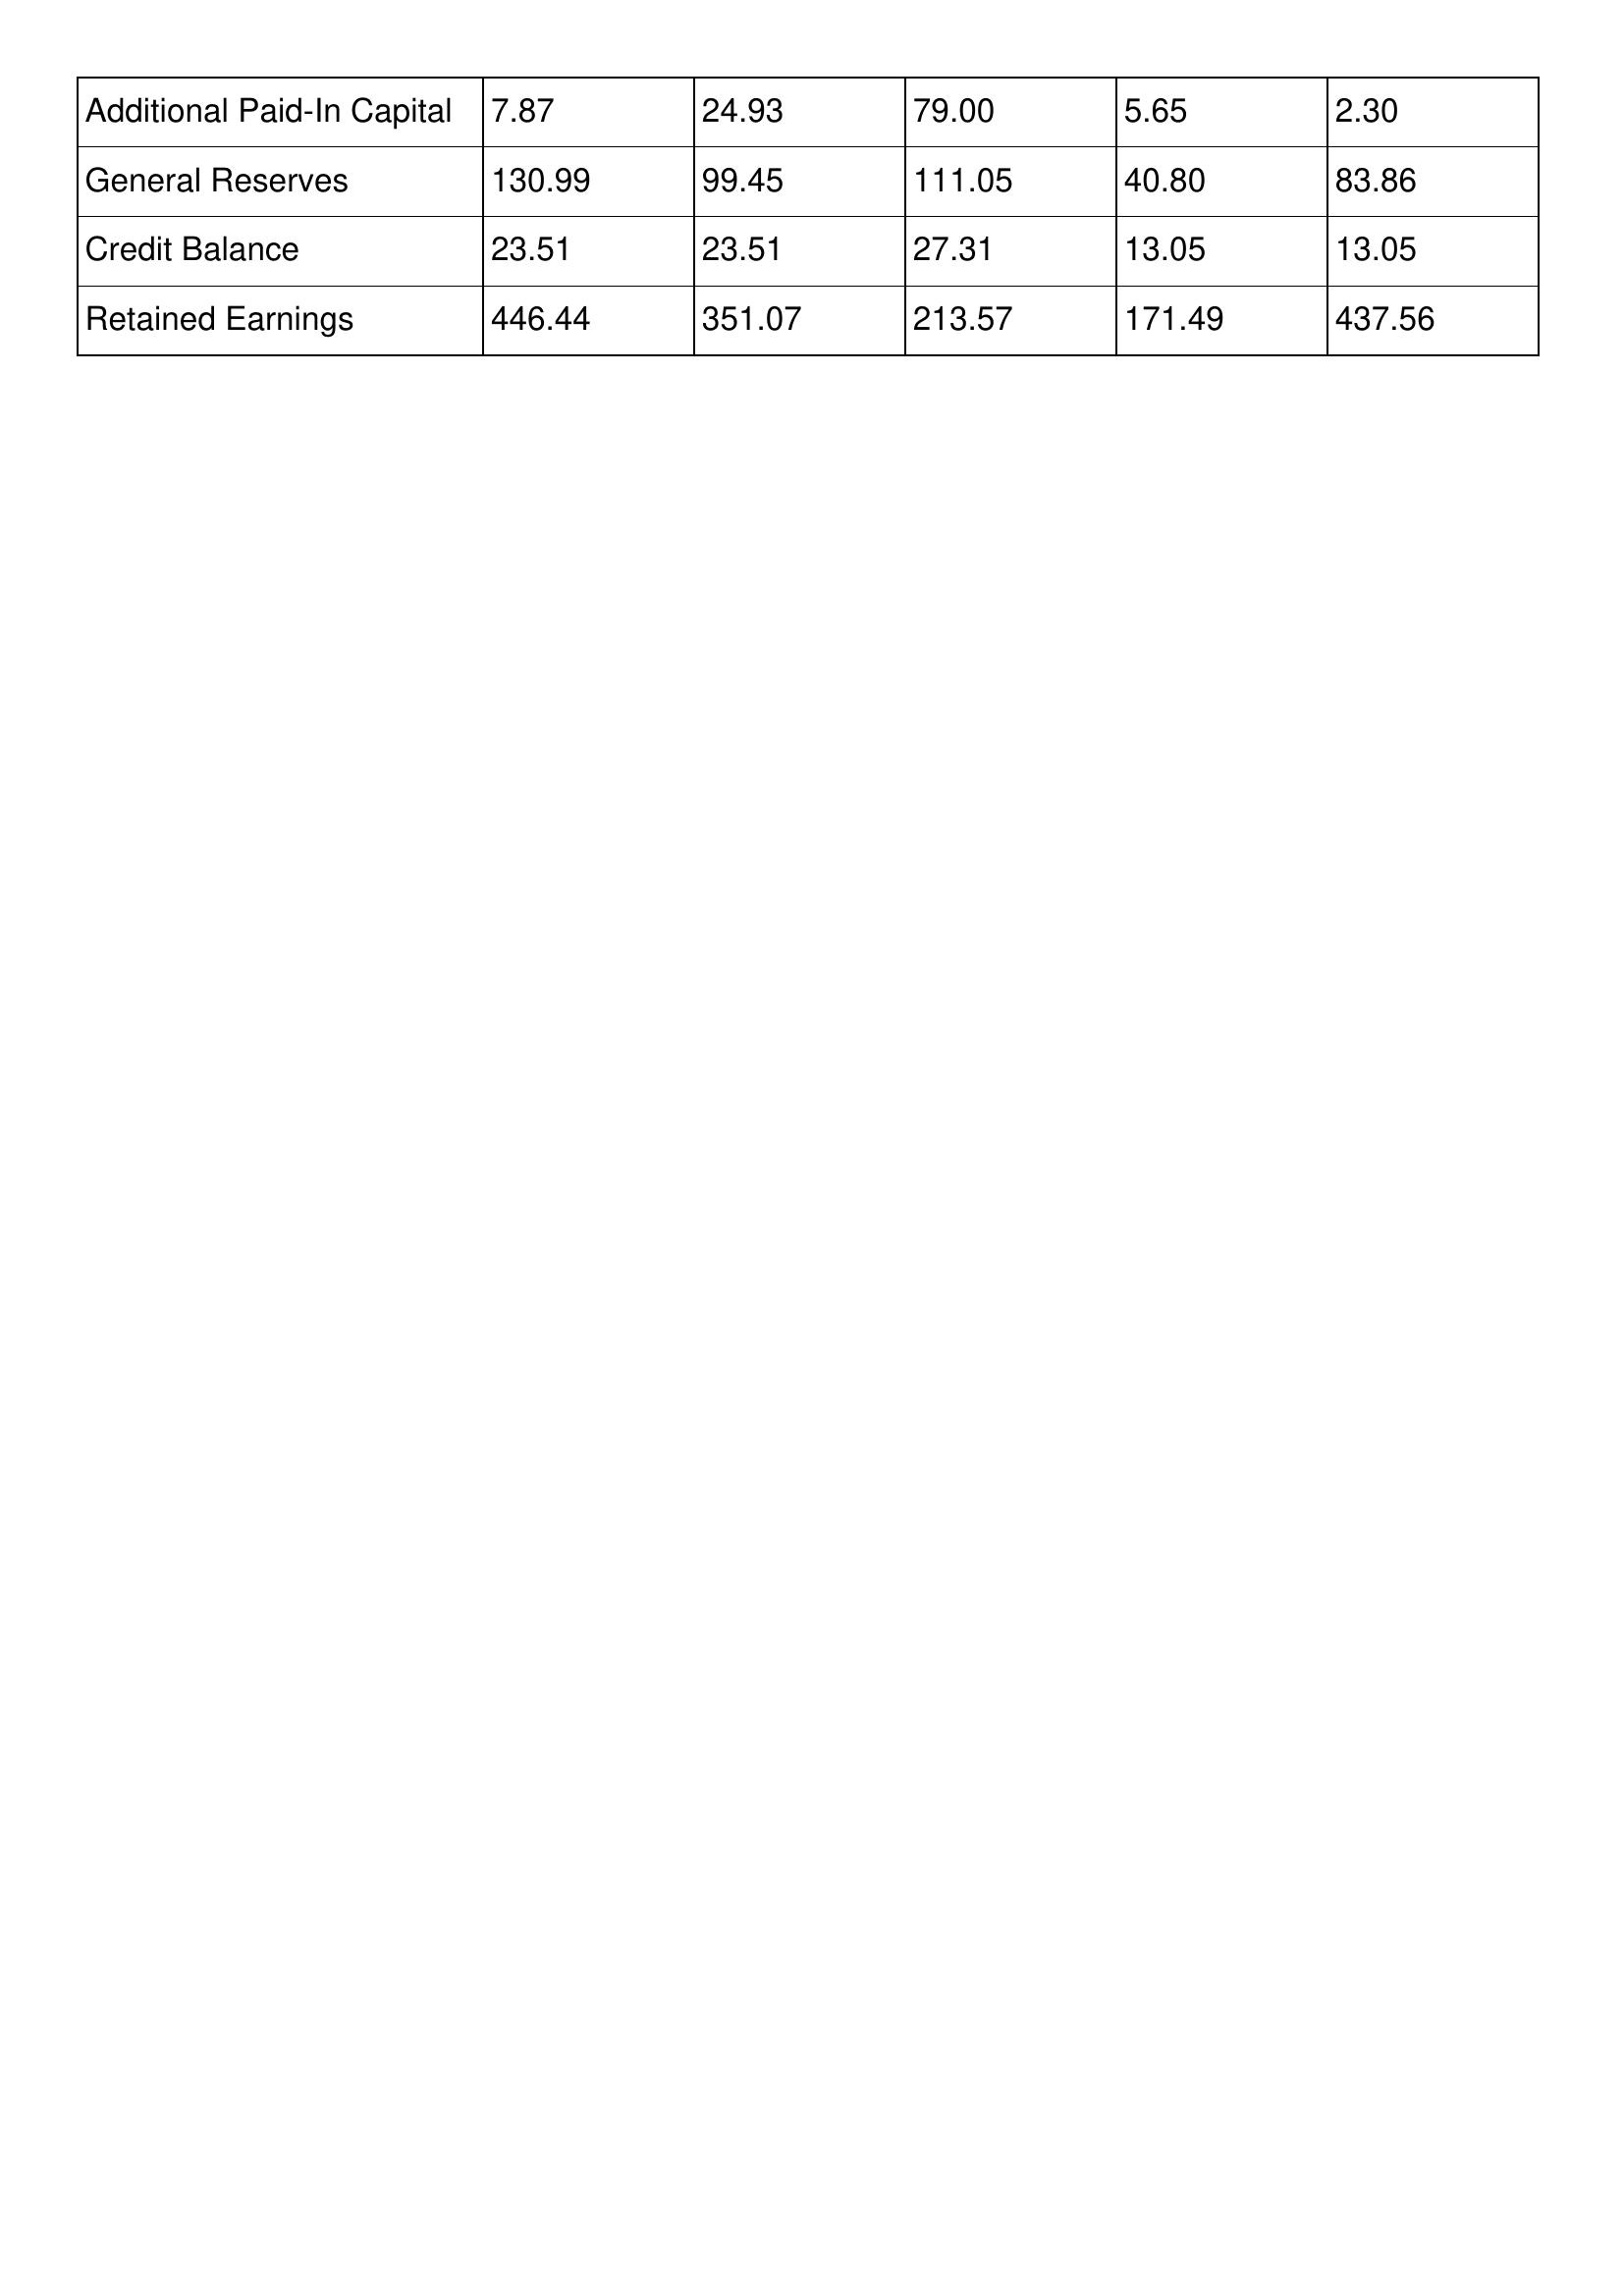
gt_parse: 2001: Additional Paid-In Capital: 7.87
General Reserves: 130.99
Credit Balance: 23.51
Retained Earnings: 446.44
2000: Additional Paid-In Capital: 24.93
General Reserves: 99.45
Credit Balance: 23.51
Retained Earnings: 351.07
1999: Additional Paid-In Capital: 79.00
General Reserves: 111.05
Credit Balance: 27.31
Retained Earnings: 213.57
1998: Additional Paid-In Capital: 5.65
General Reserves: 40.80
Credit Balance: 13.05
Retained Earnings: 171.49
1997: Additional Paid-In Capital: 2.30
General Reserves: 83.86
Credit Balance: 13.05
Retained Earnings: 437.56